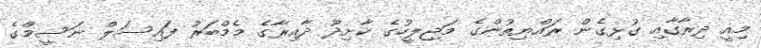
މިއީ ދިރާގާއި ގުޅިގެން ރައްޔިތުންގެ މަޖިލީހުގެ ކާށިދޫ ދާއިރާގެ މެމްބަރު ފައިސަލް ނަސީމްގެ